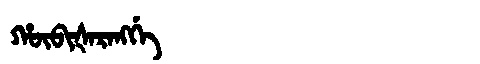
Manchu: ᡥᡡᠪᡳᡧᠠᡵᠠᠩᡤᡝ
Romanization: HŪBIŠARANGGE